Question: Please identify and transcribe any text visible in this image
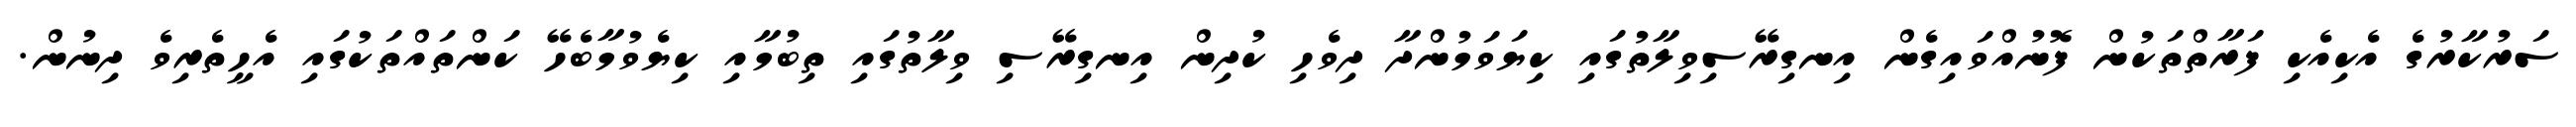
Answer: ސަރުކާރުގެ އެކިއެކި ފަރާތްތަކުން ފޮނުއްވައިގެން އިނގިރޭސިވިލާތުގައި ކިޔަވަމުންދާ ދިވެހި ކުދިން އިނގިރޭސި ވިލާތުގައި ތިބުމާއި ކިޔެވުމާބެހޭ ކަންތައްތަކުގައި އެހީތެރިވެ ދިނުން.